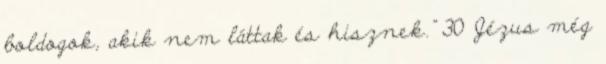
boldogok, akik nem láttak és hisznek.” 30 Jézus még